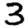
Digit: 3